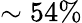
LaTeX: \sim 54\%